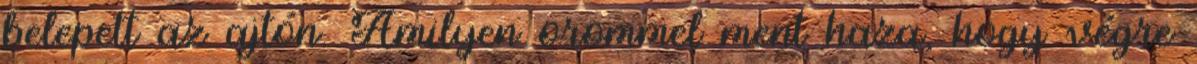
belepett az ajtón. Amilyen orommel ment haza, hogy végre